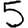
Digit: 5